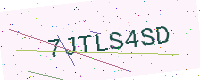
Text: 7JTLS4SD